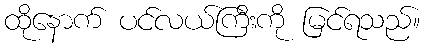
ထိုနောက် ပင်လယ်ကြီးကို မြင်ရသည်။